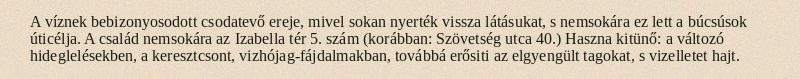
A víznek bebizonyosodott csodatevő ereje, mivel sokan nyerték vissza látásukat, s nemsokára ez lett a búcsúsok úticélja. A család nemsokára az Izabella tér 5. szám (korábban: Szövetség utca 40.) Haszna kitünő: a változó hideglelésekben, a keresztcsont, vizhójag-fájdalmakban, továbbá erősiti az elgyengült tagokat, s vizelletet hajt.